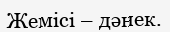
Жемісі – дәнек.